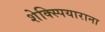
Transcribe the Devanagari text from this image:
शेक्स्पियाराना